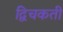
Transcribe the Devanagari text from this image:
द्विचकती